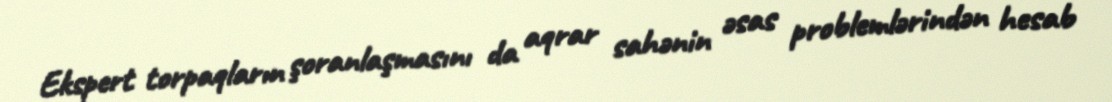
Ekspert torpaqların şoranlaşmasını da aqrar sahənin əsas problemlərindən hesab